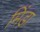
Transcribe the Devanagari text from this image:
मिंडा